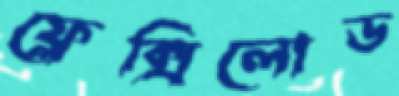
ফ্লেক্সিলোড